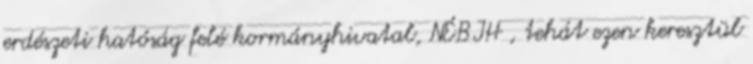
erdészeti hatóság felé kormányhivatal, NÉBIH , tehát ezen keresztül